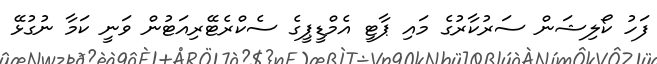
ފަހު ކޯލިޝަން ސަރުކާރުގެ މައި ޕާޓީ އެމްޑީޕީގެ ސެކްރެޓޭރިއަޓުން ވަނީ ކަމާ ނުގުޅޭ